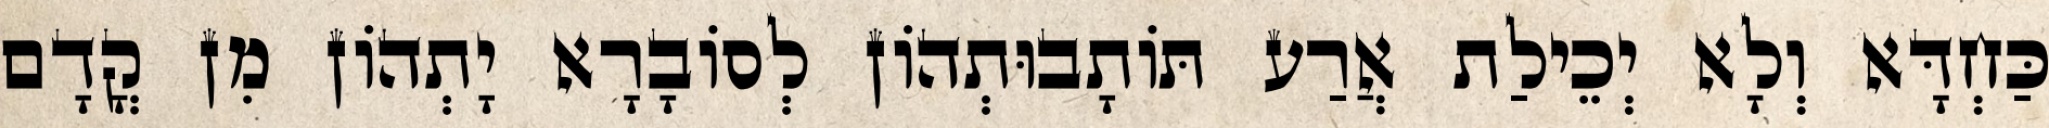
כַּחְדָּא וְלָא יְכֵילַת אֲרַע תּוֹתָבוּתְהוֹן לְסוֹבָרָא יָתְהוֹן מִן קֳדָם